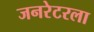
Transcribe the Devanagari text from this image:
जनरेटरला